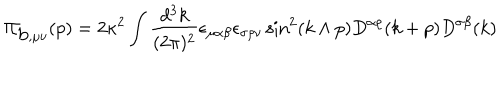
\Pi _ { \mathrm { b } , \mu \nu } ( p ) = 2 \kappa ^ { 2 } \int \frac { d ^ { 3 } k } { ( 2 \pi ) ^ { 2 } } \epsilon _ { \mu \alpha \beta } \epsilon _ { \sigma \rho \nu } \sin ^ { 2 } ( k \wedge p ) D ^ { \alpha \rho } ( k + p ) D ^ { \sigma \beta } ( k )